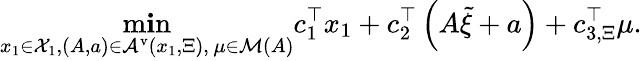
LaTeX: \operatorname*{m\mathbf{i}n}_{\substack{{x}_{1}\in{\mathcal{X}}_{1},\left(A,{a}\right)\in{\mathcal{A}}^{\mathrm{{v}}}\left({x}_{1},{\Xi}\right),\, {\mu}\in{\mathcal{M}}\left(A\right)}}{c}_{1}^{\top}{x}_{1}+{c}_{2}^{\top}\left(A\tilde{{\xi}}+{a}\right)+{c}_{3,\Xi}^{\top}{\mu}.